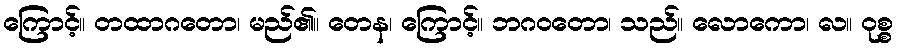
ကြောင့်။ တထာဂတော၊ မည်၏။ တေန၊ ကြောင့်။ ဘဂဝတော၊ သည်။ လောကော၊ လ။ ဝုစ္စ